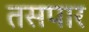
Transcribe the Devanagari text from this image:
तसपार